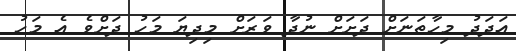
އަަދަދު މިހާތަނަށް ދަށަށް ނުދާ ވަރަށް މިދިޔަ މަހު ދަށްވެ އެ މަހު